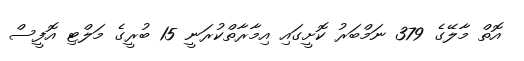
އޮތް މާލޭގެ 379 ނަމްބަރު ކޮށީގައި އިމާރާތްކުރަނީ 15 ބުރީގެ މަލްޓި އޮފީސް